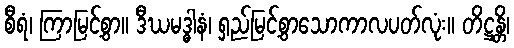
စီရံ၊ ကြာမြင့်စွာ။ ဒီဃမဒ္ဓါနံ၊ ရှည်မြင့်စွာသောကာလပတ်လုံး။ တိဋ္ဌန္တိ၊